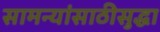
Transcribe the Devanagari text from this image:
सामन्यांसाठीसुद्धा